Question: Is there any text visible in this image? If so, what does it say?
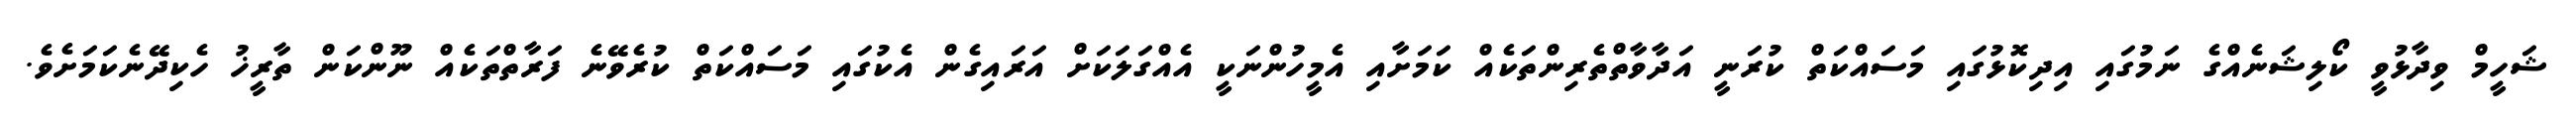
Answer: ޝަހީމް ވިދާޅުވީ ކޯލިޝަނެއްގެ ނަމުގައި އިދިކޮޅުގައި މަސައްކަތް ކުރަނީ އަދާވާތްތެރިންތަކެއް ކަމަށާއި އެމީހުންނަކީ އެއްގަލަކަށް އަރައިގެން އެކުގައި މަސައްކަތް ކުރެވޭނެ ފަރާތްތަކެއް ނޫންކަން ތާރީޚު ހެކިދޭނެކަމަށެވެ.